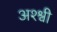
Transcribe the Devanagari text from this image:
अश्श्वी